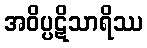
အဝိပ္ပဋိသာရိဿ